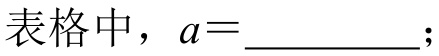
表格中，\(a = \_\_\_\_\_\_\)；